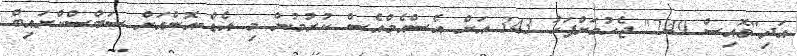
އަދި"ވޮއިސް 249" ޖެހުމަށްފަހު 343 އަށް އެސްއެމްއެސް ކުރުމުން މި އެޑް-އޮންއަށް ސަބްސްކްރައިބް